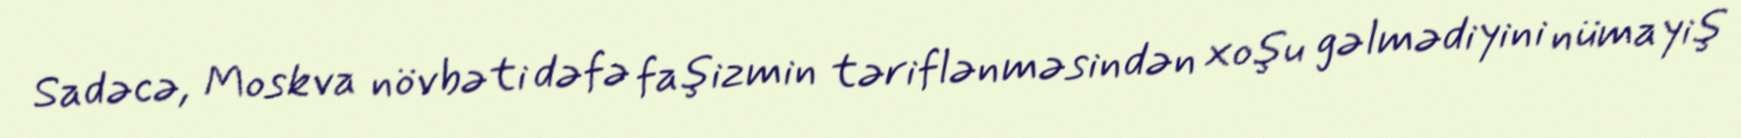
Sadəcə, Moskva növbəti dəfə faşizmin təriflənməsindən xoşu gəlmədiyini nümayiş